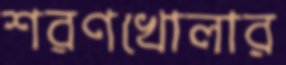
শরণখোলার